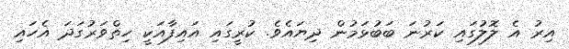
އިރު އެ ލޮލުގައި ކަރުނަ ބަބުޅަމުން ދިޔައެވެ. ކުރީގައި އައިފާއަކީ ހިތްވަރުގަދަ އެހައި